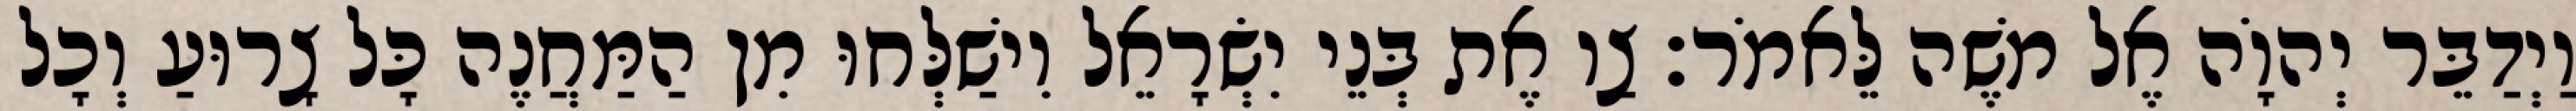
וַיְדַבֵּר יְהוָֹה אֶל משֶׁה לֵּאמֹר׃ צַו אֶת בְּנֵי יִשְׂרָאֵל וִישַׁלְּחוּ מִן הַמַּחֲנֶה כָּל צָרוּעַ וְכָל